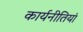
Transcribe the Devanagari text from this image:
कार्यनीतियां